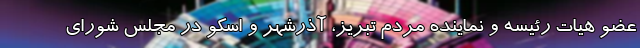
عضو هیات رئیسه و نماینده مردم تبریز، آذرشهر و اسکو در مجلس شورای